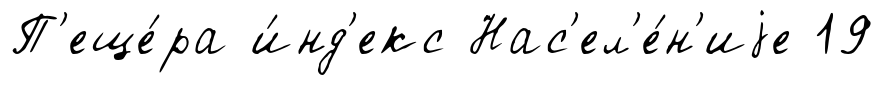
П'еще́ра и́нд'екс Нас'ел'е́н'иjе 19